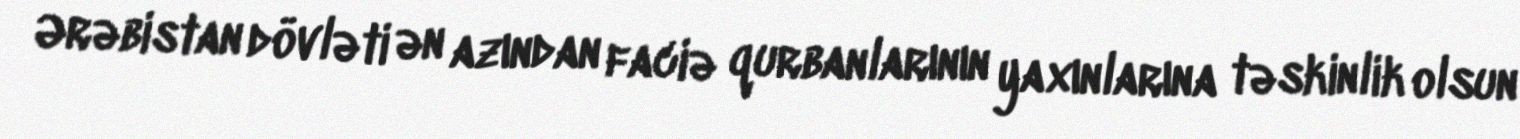
Ərəbistan dövləti ən azından faciə qurbanlarının yaxınlarına təskinlik olsun